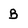
Character: B